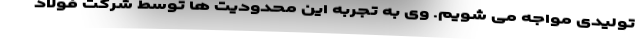
تولیدی مواجه می شویم. وی به تجربه این محدودیت ها توسط شرکت فولاد